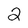
Character: 2